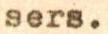
sers.